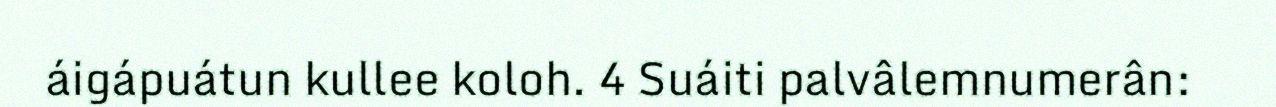
áigápuátun kullee koloh. 4 Suáiti palvâlemnumerân: